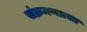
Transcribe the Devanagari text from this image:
संक्रमणग्रस्त